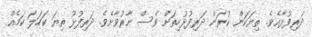
ދަރިފުޅާއެވެ. ތިޔަކަން ކުރަން ދަރިފުޅުހިތަށް ވެސް ނާރުވާށެވެ. ދަރިފުޅު ތިޔަ ކަހަލަ ކަމެއް